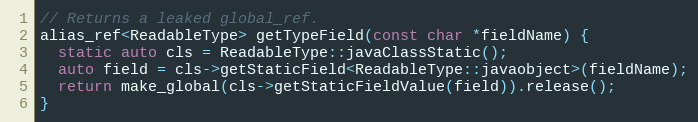
Language: C++
// Returns a leaked global_ref.
alias_ref<ReadableType> getTypeField(const char *fieldName) {
  static auto cls = ReadableType::javaClassStatic();
  auto field = cls->getStaticField<ReadableType::javaobject>(fieldName);
  return make_global(cls->getStaticFieldValue(field)).release();
}